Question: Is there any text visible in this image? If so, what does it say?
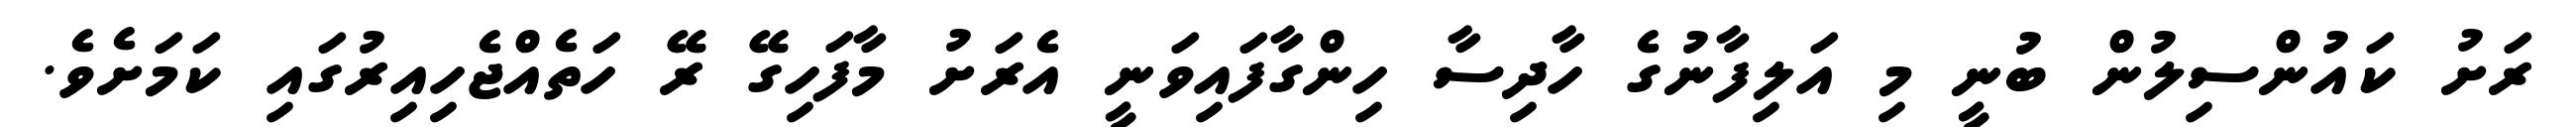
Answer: ރަށު ކައުންސިލުން ބުނީ މި އަލިފާނުގެ ހާދިސާ ހިންގާފައިވަނީ އެރަށު މާފަހިގޭ ރޭ ހަތެއްޖެހިއިރުގައި ކަމަށެވެ.